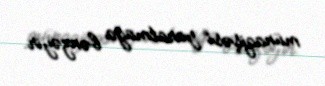
münaqişəsi yaratmağa bənzəyir.